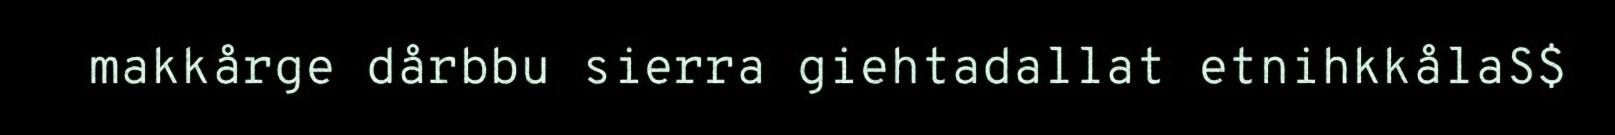
makkårge dårbbu sierra giehtadallat etnihkkålaS$